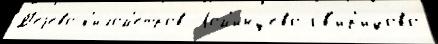
Д'еjево к'илом'е́тров Лом'инцево Св'ир'идово